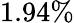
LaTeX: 1.94\%